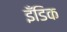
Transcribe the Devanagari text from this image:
इँडिक